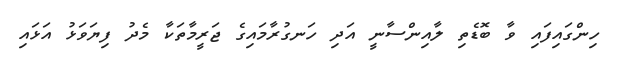
ހިންގައިފައި ވާ ބޮޑެތި ލާއިންސާނީ އަދި ހަނގުރާމައިގެ ޖަރީމާތަކާ މެދު ފިޔަވަޅު އަޅައި